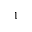
^ 1